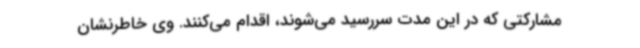
مشارکتی که در این مدت سررسید می‌شوند، اقدام می‌کنند. وی خاطرنشان